Annual administration report of the Civil Veterinary Department, Ajmere-Merwara, British Rajputana - 1914-1940
Year: 1914
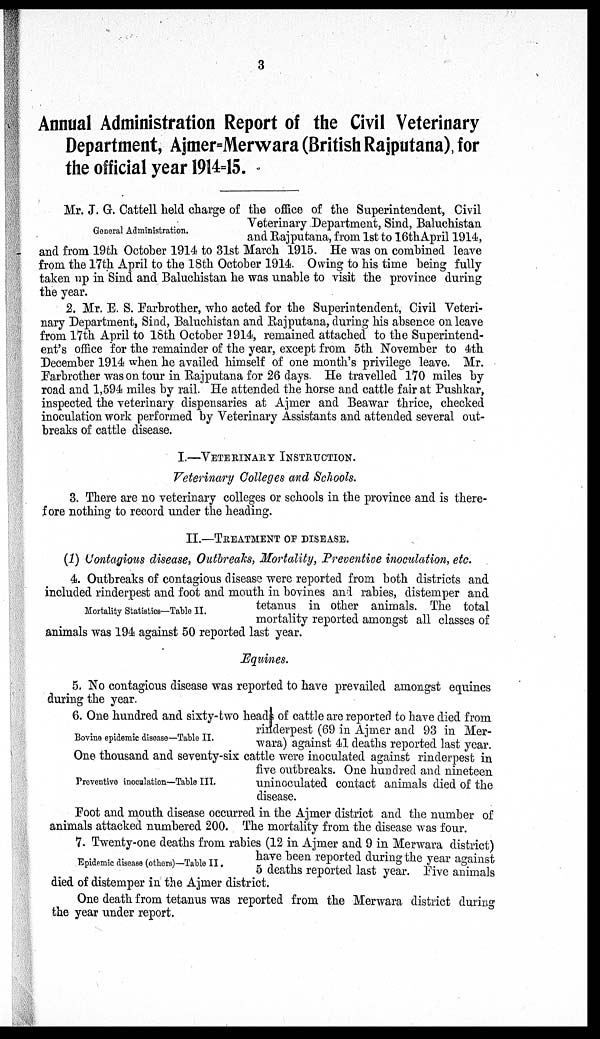
3
Annual Administration Report of the Civil Veterinary
Department, Ajmer=Merwara (British Rajputana) for
the official year 1914-15.
General Administration.
Mr. J. G. Cattell held charge of the office of the Superintendent, Civil
Veterinary Department, Sind, Baluchistan
and Rajputana, from 1st to 16thApril 1914,
and from 19th October 1914 to 31st March 1915. He was on combined leave
from the 17th April to the 18th October 1914. Owing to his time being fully
taken up in Sind and Baluchistan he was unable to visit the province during
the year.
2. Mr. E. S. Farbrother, who acted for the Superintendent, Civil Veteri-
nary Department, Sind, Baluchistan and Rajputana, during his absence on leave
from 17th April to 18th October 1914, remained attached to the Superintend-
ent's office for the remainder of the year, except from 5th November to 4th
December 1914 when he availed himself of one month's privilege leave. Mr.
Farbrother was on tour in Rajputana for 26 days. He travelled 170 miles by
road and 1,594 miles by rail. He attended the horse and cattle fair at Pushkar,
inspected the veterinary dispensaries at Ajmer and Beawar thrice, checked
inoculation work performed by Veterinary Assistants and attended several out-
breaks of cattle disease.
I.—VETERINARY INSTRUCTION.
Veterinary Colleges and Schools.
3. There are no veterinary colleges or schools in the province and is there-
fore nothing to record under the heading.
II.—TREATMENT OF DISEASES.
(1) Contagious disease, Outbreaks, Mortality, Preventive inoculation, etc.
Mortality Statistics—Table II.
4. Outbreaks of contagious disease were reported from both districts and
included rinderpest and foot and mouth in bovines and rabies, distemper and
tetanus in other animals. The total
mortality reported amongst all classes of
animals was 194 against 50 reported last year.
Equines.
5. No contagious disease was reported to have prevailed amongst equines
during the year.
Bovine epidemic disease—Table II.
6. One hundred and sixty-two heads of cattle are reported to have died from
rinderpest (69 in Ajmer and 93 in Mer-
wara) against 41 deaths reported last year.
Preventive inoculation—Table III.
One thousand and seventy-six cattle were inoculated against rinderpest in
five outbreaks. One hundred and nineteen
uninoculated contact animals died of the
disease.
Foot and mouth disease occurred in the Ajmer district and the number of
animals attacked numbered 200. The mortality from the disease was four.
Epidemic disease (others)—Table II.
7. Twenty-one deaths from rabies (12 in Ajmer and 9 in Merwara district)
have been reported during the year against
5 deaths reported last year. Five animals
died of distemper in the Ajmer district.
One death from tetanus was reported from the Merwara district during
the year under report.